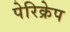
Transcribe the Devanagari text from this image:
पेरिक्रेप